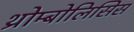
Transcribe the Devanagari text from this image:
थ्रोम्बोलिसिस